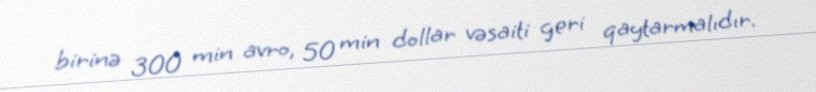
birinə 300 min avro, 50 min dollar vəsaiti geri qaytarmalıdır.